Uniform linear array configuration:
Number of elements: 64
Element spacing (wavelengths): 0.75
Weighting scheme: binomial
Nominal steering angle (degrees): -45
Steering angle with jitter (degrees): -46.288
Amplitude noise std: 0.05
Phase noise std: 0.05

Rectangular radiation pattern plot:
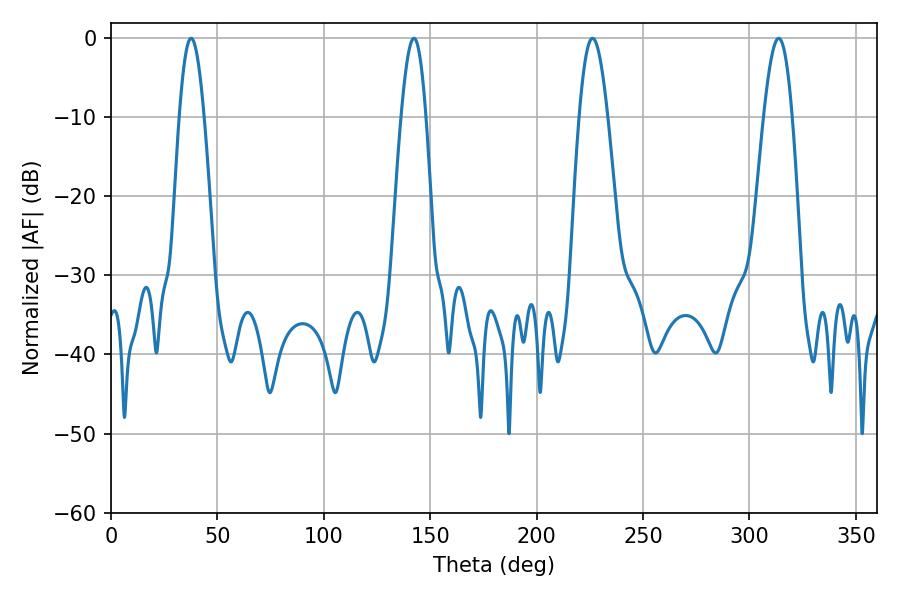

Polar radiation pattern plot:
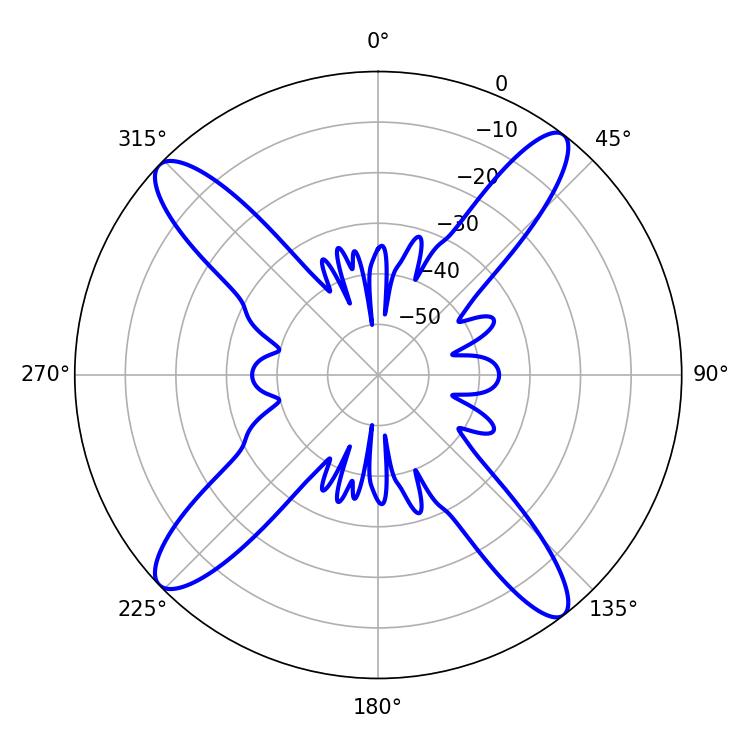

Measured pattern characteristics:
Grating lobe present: TRUE
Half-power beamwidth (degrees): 7.2
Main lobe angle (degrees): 226.26